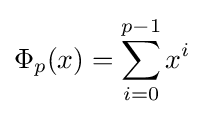
\Phi _{p}(x)=\sum _{i=0}^{p-1}x^{i}